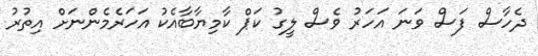
ދެހާސް ފަސް ވަނަ އަހަރު ވެސް ލީގު ކަޕް ކާމިޔާބާއެކު އަހަރެމެންނަށް އިތުރު